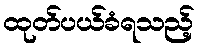
ထုတ်ပယ်ခံရသည့်